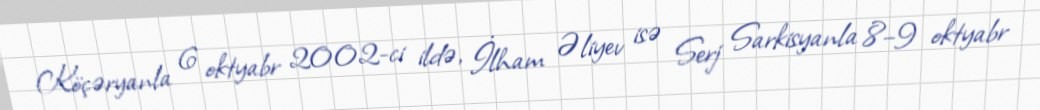
Köçəryanla 6 oktyabr 2002-ci ildə, İlham Əliyev isə Serj Sarkisyanla 8–9 oktyabr